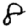
Digit: 8